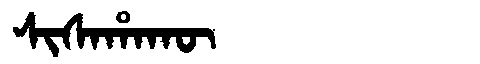
Manchu: ᠰᡳᠰᠠᡥᠠᡴᡡ
Romanization: SISAHAKŪ